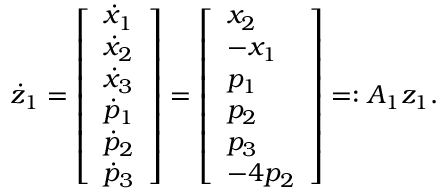
\dot { z } _ { 1 } = \left[ \begin{array} { l } { \dot { x } _ { 1 } } \\ { \dot { x } _ { 2 } } \\ { \dot { x } _ { 3 } } \\ { \dot { p } _ { 1 } } \\ { \dot { p } _ { 2 } } \\ { \dot { p } _ { 3 } } \end{array} \right] = \left[ \begin{array} { l } { x _ { 2 } } \\ { - x _ { 1 } } \\ { p _ { 1 } } \\ { p _ { 2 } } \\ { p _ { 3 } } \\ { - 4 p _ { 2 } } \end{array} \right] = : A _ { 1 } z _ { 1 } .